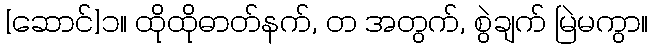
[ဆောင်]၁။ ထိုထိုဓာတ်နက်, တ အတွက်, စွဲချက် မြဲမကွာ။